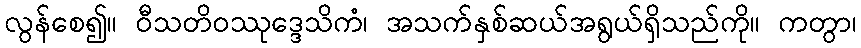
လွန်စေ၍။ ဝီသတိဝဿုဒ္ဒေသိကံ၊ အသက်နှစ်ဆယ်အရွယ်ရှိသည်ကို။ ကတွာ၊